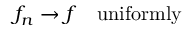
f _ { n } \to f \quad \mathrm { u n i f o r m l y }